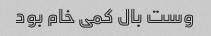
وست بال کمی خام بود